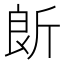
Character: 𣂞